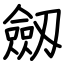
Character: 劔